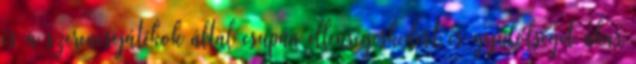
és a szerencsejátékok által csupán ellenségeskedést és gyűlölséget akar